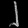
Digit: ၂